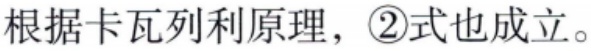
根据卡瓦列利原理，\textcircled{2}式也成立。